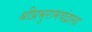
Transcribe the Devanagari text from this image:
श्रीप्रभुरामचंद्राला